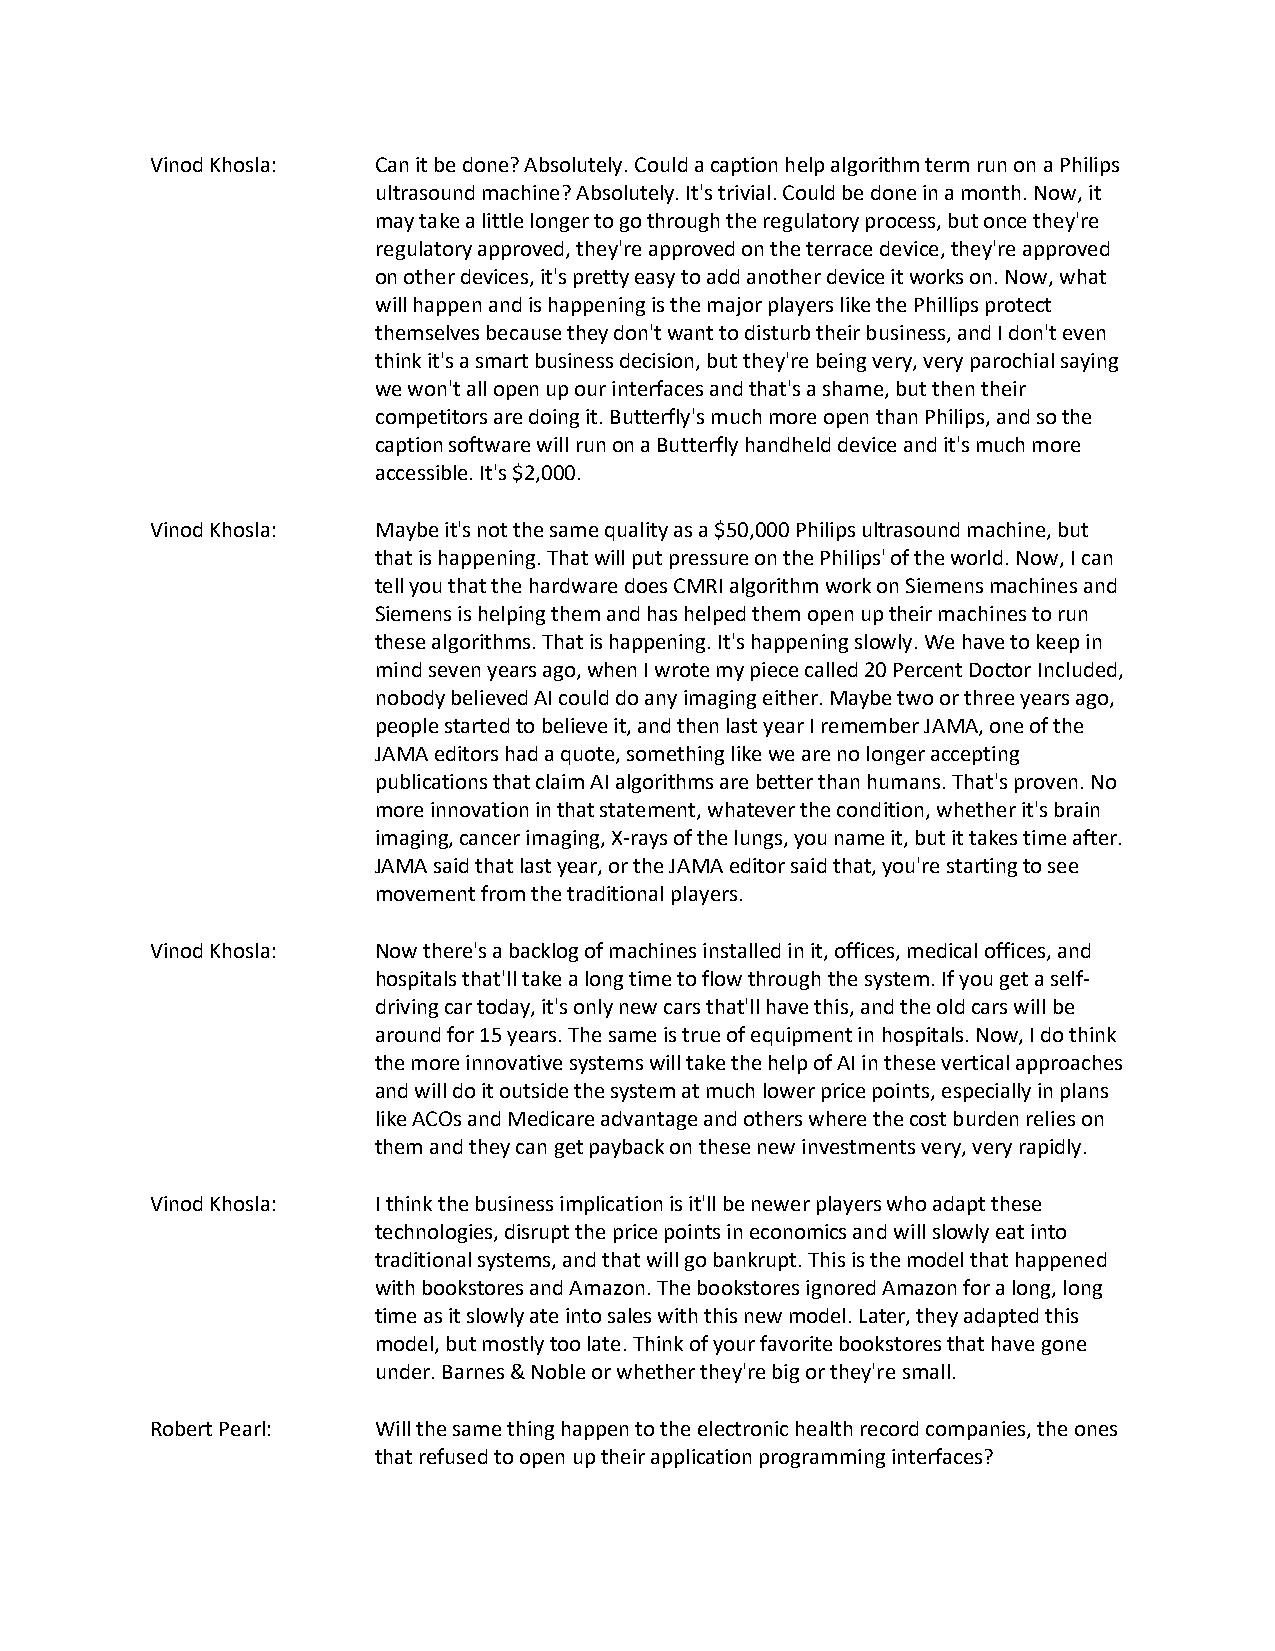
Vinod Khosla:  Can it be done? Absolutely. Could a caption help algorithm term run on a Philips
 ultrasound machine? Absolutely. It's trivial. Could be done in a month. Now, it
 may take a little longer to go through the regulatory process, but once they're
 regulatory approved, they're approved on the terrace device, they're approved
 on other devices, it's pretty easy to add another device it works on. Now, what
 will happen and is happening is the major players like the Phillips protect
 themselves because they don't want to disturb their business, and I don't even
 think it's a smart business decision, but they're being very, very parochial saying
 we won't all open up our interfaces and that's a shame, but then their
 competitors are doing it. Butterfly's much more open than Philips, and so the
 caption software will run on a Butterfly handheld device and it's much more
 accessible. It's $2,000.
 Vinod Khosla:  Maybe it's not the same quality as a $50,000 Philips ultrasound machine, but
 that is happening. That will put pressure on the Philips' of the world. Now, I can
 tell you that the hardware does CMRI algorithm work on Siemens machines and
 Siemens is helping them and has helped them open up their machines to run
 these algorithms. That is happening. It's happening slowly. We have to keep in
 mind seven years ago, when I wrote my piece called 20 Percent Doctor Included,
 nobody believed AI could do any imaging either. Maybe two or three years ago,
 people started to believe it, and then last year I remember JAMA, one of the
 JAMA editors had a quote, something like we are no longer accepting
 publications that claim AI algorithms are better than humans. That's proven. No
 more innovation in that statement, whatever the condition, whether it's brain
 imaging, cancer imaging, X-rays of the lungs, you name it, but it takes time after.
 JAMA said that last year, or the JAMA editor said that, you're starting to see
 movement from the traditional players.
 Vinod Khosla:  Now there's a backlog of machines installed in it, offices, medical offices, and
 hospitals that'll take a long time to flow through the system. If you get a self-
 driving car today, it's only new cars that'll have this, and the old cars will be
 around for 15 years. The same is true of equipment in hospitals. Now, I do think
 the more innovative systems will take the help of AI in these vertical approaches
 and will do it outside the system at much lower price points, especially in plans
 like ACOs and Medicare advantage and others where the cost burden relies on
 them and they can get payback on these new investments very, very rapidly.
 Vinod Khosla:  I think the business implication is it'll be newer players who adapt these
 technologies, disrupt the price points in economics and will slowly eat into
 traditional systems, and that will go bankrupt. This is the model that happened
 with bookstores and Amazon. The bookstores ignored Amazon for a long, long
 time as it slowly ate into sales with this new model. Later, they adapted this
 model, but mostly too late. Think of your favorite bookstores that have gone
 under. Barnes & Noble or whether they're big or they're small.
 Robert Pearl:  Will the same thing happen to the electronic health record companies, the ones
 that refused to open up their application programming interfaces?